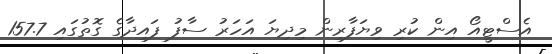
އެސްޓީއޯ އިން ކުރި ވިޔަފާރިން މިދިޔަ އަހަރު ސާފު ފައިދާގެ ގޮތުގައި 157.7